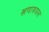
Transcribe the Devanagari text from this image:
खणावयास